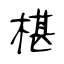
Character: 椹